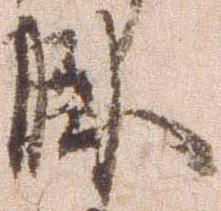
臥